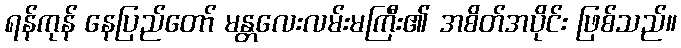
ရန်ကုန် နေပြည်တော် မန္တလေးလမ်းမကြီး၏ အစိတ်အပိုင်း ဖြစ်သည်။